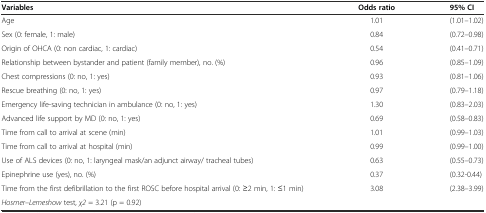
<table><thead><tr><td><b>Variables</b></td><td><b>Odds ratio</b></td><td><b>95% CI</b></td></tr></thead><tbody><tr><td>Age</td><td>1.01</td><td>(1.01–1.02)</td></tr><tr><td>Sex (0: female, 1: male)</td><td>0.84</td><td>(0.72–0.98)</td></tr><tr><td>Origin of OHCA (0: non cardiac, 1: cardiac)</td><td>0.54</td><td>(0.41–0.71)</td></tr><tr><td>Relationship between bystander and patient (family member), no. (%)</td><td>0.96</td><td>(0.85–1.09)</td></tr><tr><td>Chest compressions (0: no, 1: yes)</td><td>0.93</td><td>(0.81–1.06)</td></tr><tr><td>Rescue breathing (0: no, 1: yes)</td><td>0.97</td><td>(0.79–1.18)</td></tr><tr><td>Emergency life-saving technician in ambulance (0: no, 1: yes)</td><td>1.30</td><td>(0.83–2.03)</td></tr><tr><td>Advanced life support by MD (0: no, 1: yes)</td><td>0.69</td><td>(0.58–0.83)</td></tr><tr><td>Time from call to arrival at scene (min)</td><td>1.01</td><td>(0.99–1.03)</td></tr><tr><td>Time from call to arrival at hospital (min)</td><td>0.99</td><td>(0.99–1.00)</td></tr><tr><td>Use of ALS devices (0: no, 1: laryngeal mask/an adjunct airway/ tracheal tubes)</td><td>0.63</td><td>(0.55–0.73)</td></tr><tr><td>Epinephrine use (yes), no. (%)</td><td>0.37</td><td>(0.32-0.44)</td></tr><tr><td>Time from the first defibrillation to the first ROSC before hospital arrival (0: ≥2 min, 1: ≤1 min)</td><td>3.08</td><td>(2.38–3.99)</td></tr><tr><td colspan="3"><i>Hosmer–Lemeshow</i> test, <i>χ2</i> = 3.21 (p = 0.92)</td></tr></tbody></table>